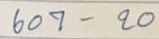
607 - 20